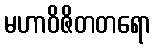
မဟာဝိဇိတတရော